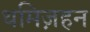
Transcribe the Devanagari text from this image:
थमिज़हन